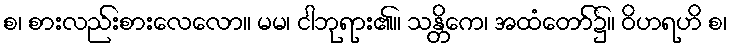
စ၊ စားလည်းစားလေလော။ မမ၊ ငါဘုရား၏။ သန္တိကေ၊ အထံတော်၌။ ဝိဟရဟိ စ၊